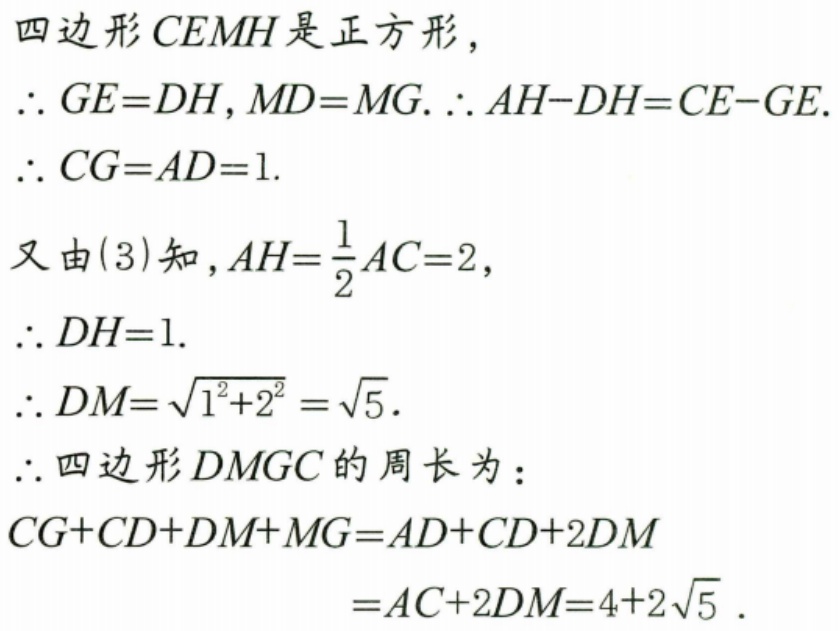
四边形\(CEMH\)是正方形，
\(\therefore GE = DH\), \(MD = MG\). \(\therefore AH - DH=CE - GE\).
\(\therefore CG = AD = 1\).
又由(3)知，\(AH=\frac{1}{2}AC = 2\)，
\(\therefore DH = 1\).
\(\therefore DM=\sqrt{1^{2}+2^{2}}=\sqrt{5}\).
\(\therefore\)四边形\(DMGC\)的周长为：
\(CG + CD+DM + MG=AD + CD + 2DM\)
\(=AC + 2DM=4 + 2\sqrt{5}\).